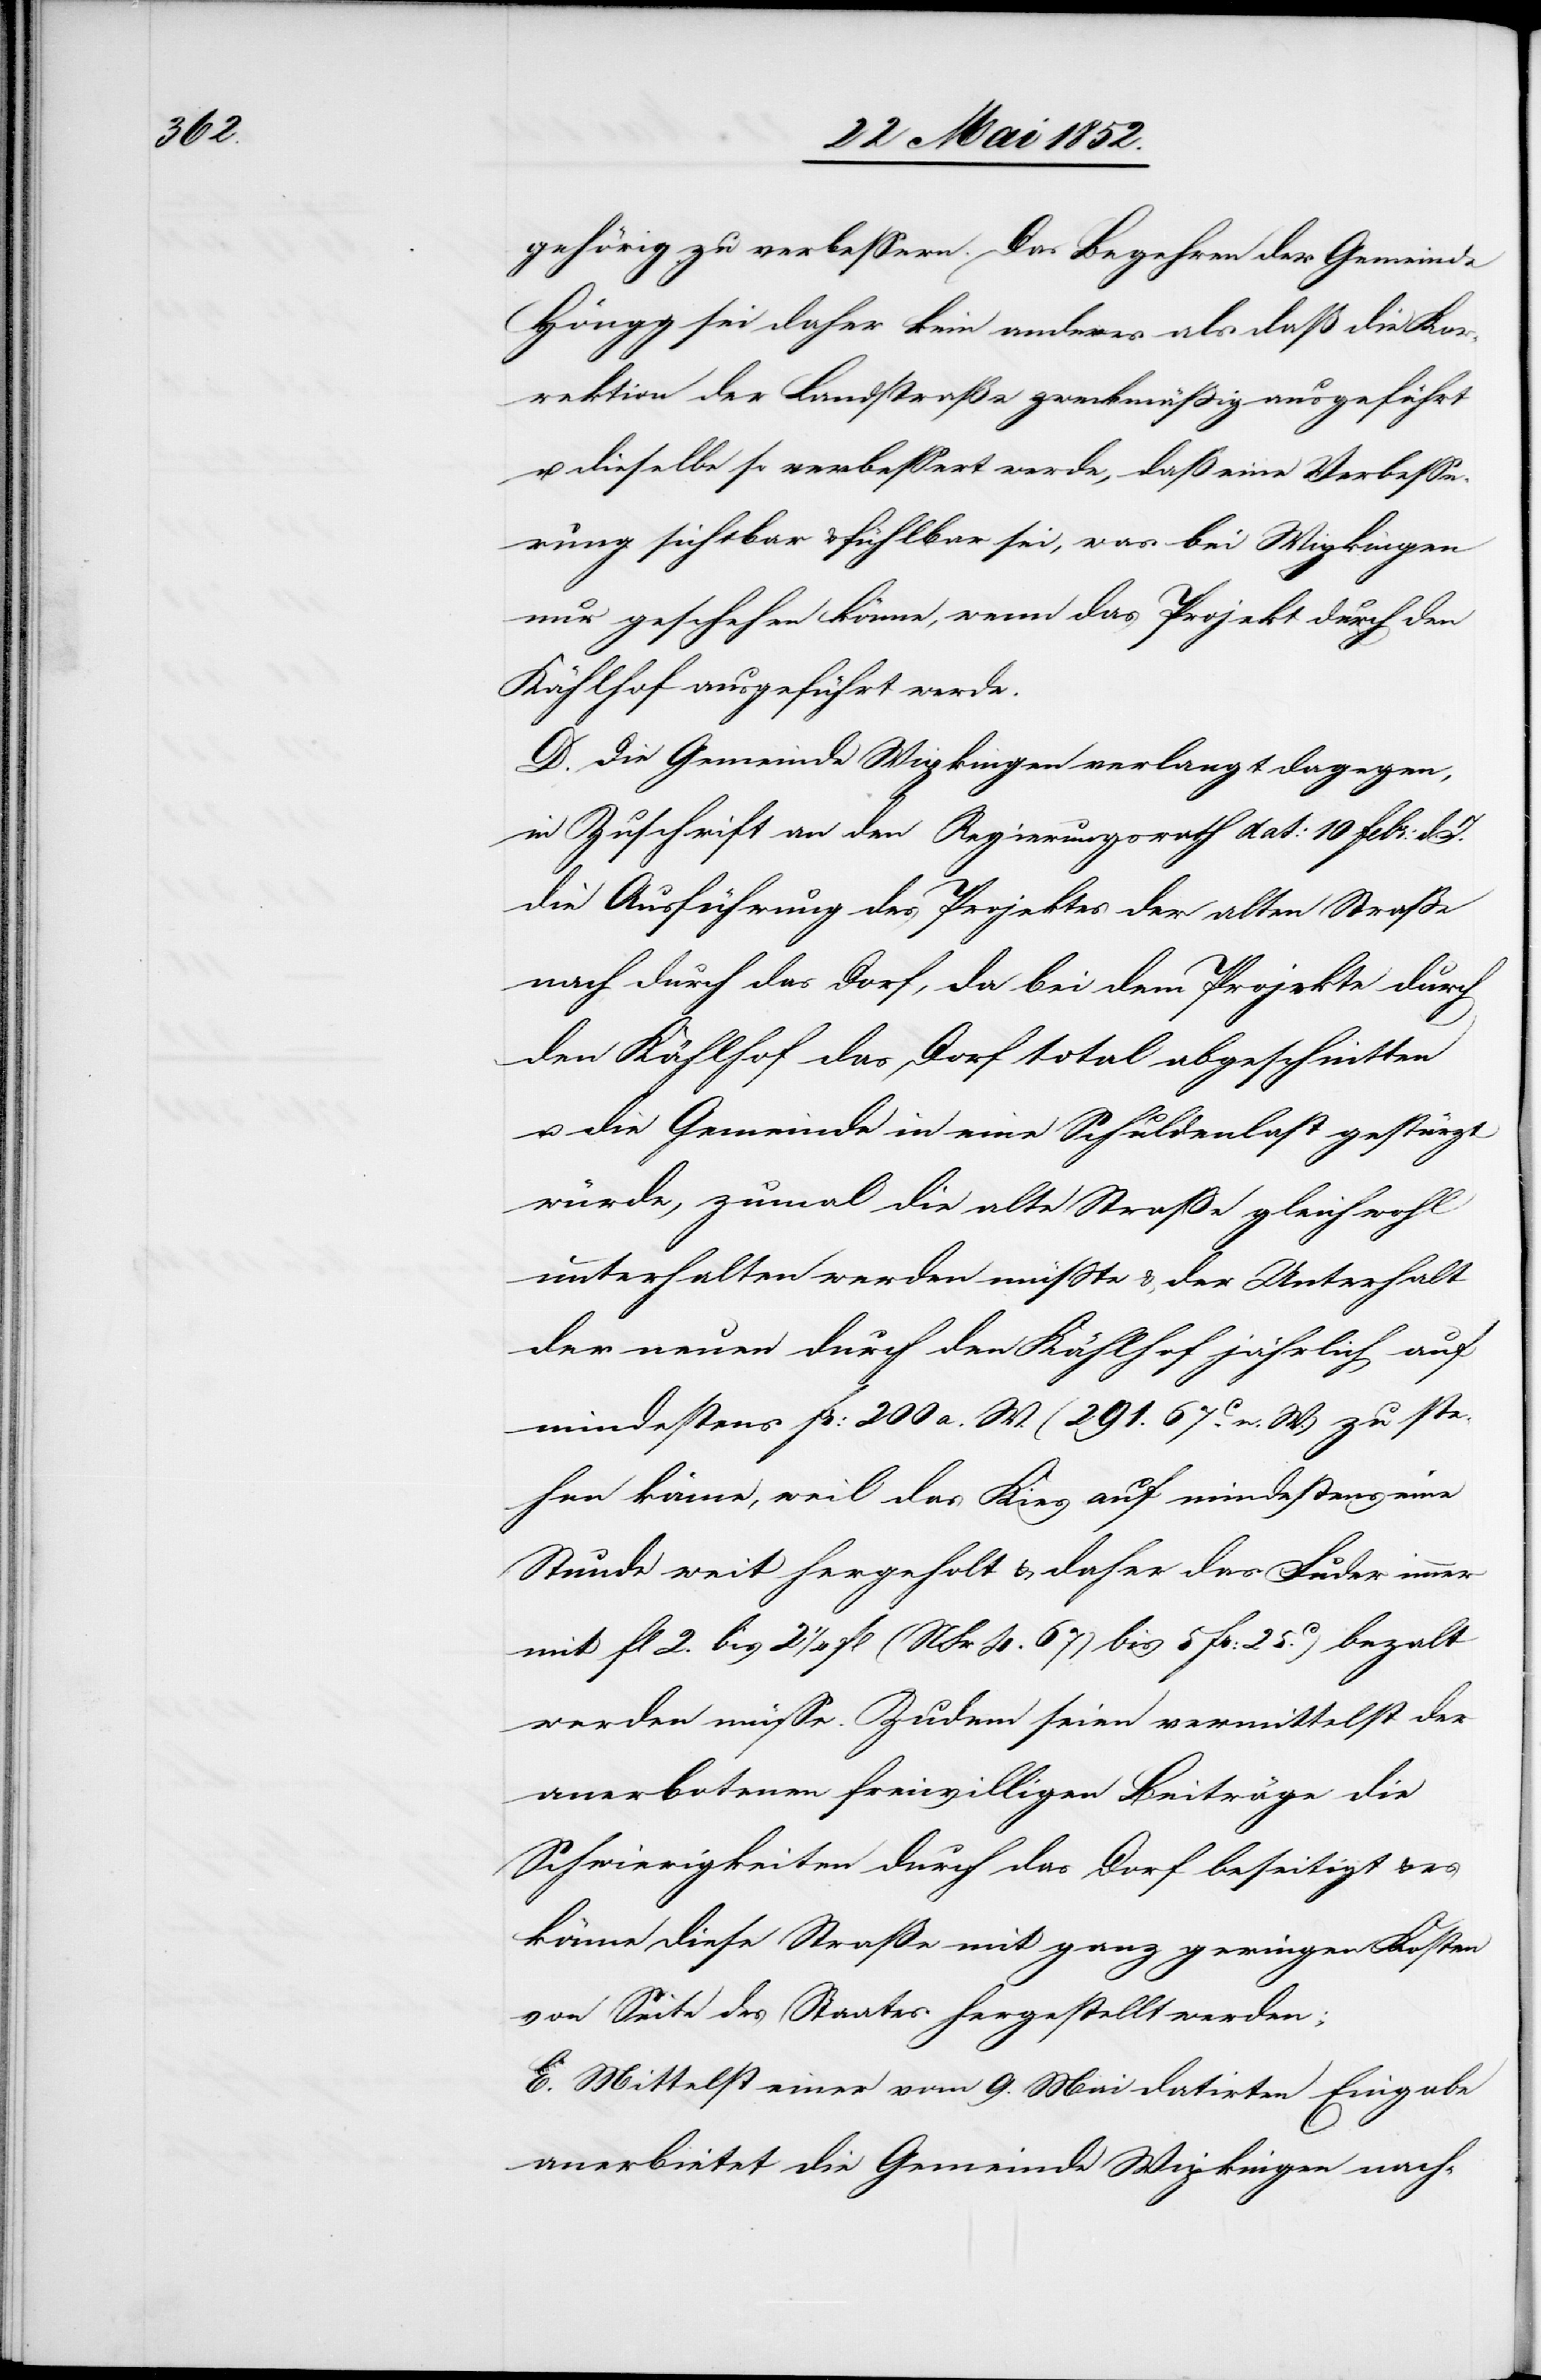
gehörig zu verbessern. Das Begehren der Gemeinde
Höngg sei daher kein anderes als daß die Kor¬
rektion der Landstraße zweckmässig ausgeführt
u. dieselbe so verbessert werde, daß eine Verbesse¬
rung sichtbar & fühlbar sei, was bei Wipkingen
nur geschehen könne, wenn das Projekt durch den
Kählhof ausgeführt werde.
D. Die Gemeinde Wipkingen verlangt dagegen,
in Zuschrift an den Regierungsrath dat: 10 Febr: d. J.
die Ausführung des Projektes der alten Strasse
nach durch das Dorf, da bei dem Projekte durch
den Kählhof das Dorf total abgeschnitten
u. die Gemeinde in eine Schuldenlast gestürzt
würde, zumal die alte Strasse gleichwohl
unterhalten werden müsste & der Unterhalt
der neuen durch den Kählhof jährlich auf
mindestens Fr: 200 a. W. (291. 67C. n. W.) zu ste¬
hen käme, weil das Kies auf mindestens eine
Stunde weit hergeholt & daher das Fuder immer
mit fl 2. bis 2 1/4 fl (NFr 4. 67) [(]bis 5 Fr: 25.C) beza[h]lt
werden müsse. Zudem seien vermittelst der
anerbotenen freiwilligen Beiträge die
Schwierigkeiten durch das Dorf beseitigt & es
könne diese Straße mit ganz geringen Kosten
von Seite des Staates hergestellt werden;
E. Mittelst einer vom 9. Mai datirten Eingabe
anerbietet die Gemeinde Wipkingen nach-